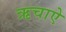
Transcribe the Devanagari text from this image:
ऋचाऐ